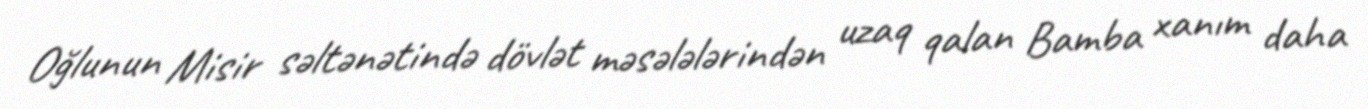
Oğlunun Misir səltənətində dövlət məsələlərindən uzaq qalan Bamba xanım daha